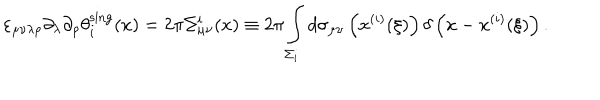
\varepsilon _ { \mu \nu \lambda \rho } \partial _ { \lambda } \partial _ { \rho } \theta _ { i } ^ { \mathrm { s i n g } } ( x ) = 2 \pi \Sigma _ { \mu \nu } ^ { i } ( x ) \equiv 2 \pi \int _ { \Sigma _ { i } } ^ { } d \sigma _ { \mu \nu } \left( x ^ { ( i ) } ( \xi ) \right) \delta \left( x - x ^ { ( i ) } ( \xi ) \right) .